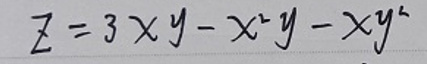
\[
z = 3xy - x^{2}y - xy^{2}
\]